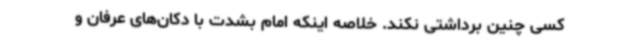
کسی چنین برداشتی نکند. خلاصه اینکه امام بشدت با دکان‌های عرفان و